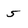
Character: 5